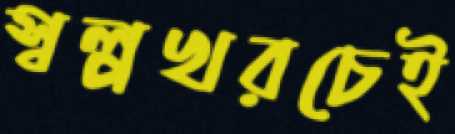
স্বল্পখরচেই